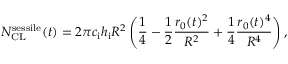
N _ { \mathrm { C L } } ^ { \mathrm { s e s s i l e } } ( t ) = 2 \pi c _ { \mathrm { i } } h _ { \mathrm { i } } R ^ { 2 } \left( \frac { 1 } { 4 } - \frac { 1 } { 2 } \frac { r _ { 0 } ( t ) ^ { 2 } } { R ^ { 2 } } + \frac { 1 } { 4 } \frac { r _ { 0 } ( t ) ^ { 4 } } { R ^ { 4 } } \right) ,